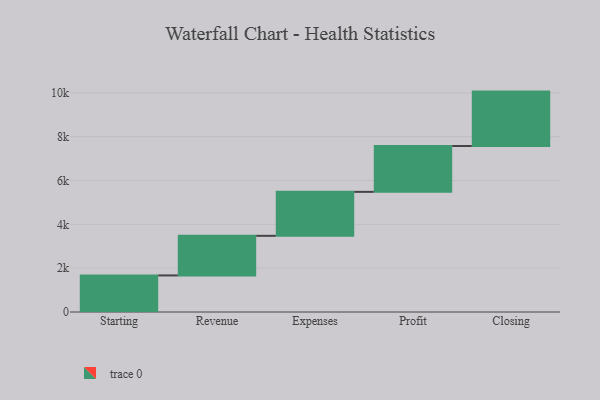
{"axis": {"x": "Step", "y": "Value"}, "legend": [""], "data": [{"x": "Starting", "y": 1669.0, "type": ""}, {"x": "Revenue", "y": 1808.0, "type": ""}, {"x": "Expenses", "y": 2007.0, "type": ""}, {"x": "Profit", "y": 2093.0, "type": ""}, {"x": "Closing", "y": 2483.0, "type": ""}]}